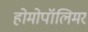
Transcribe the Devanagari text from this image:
होमोपॉलिमर